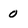
Character: 0